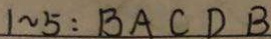
1 \sim 5 : B A C D B